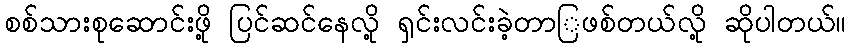
စစ်သားစုဆောင်းဖို့ ပြင်ဆင်နေလို့ ရှင်းလင်းခဲ့တာြဖစ်တယ်လို့ ဆိုပါတယ်။